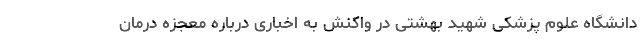
دانشگاه علوم پزشکی شهید بهشتی در واکنش به اخباری درباره معجزه درمان